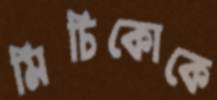
মিচিকোকে